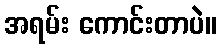
အရမ်း ကောင်းတာပဲ။